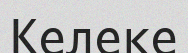
Келеке